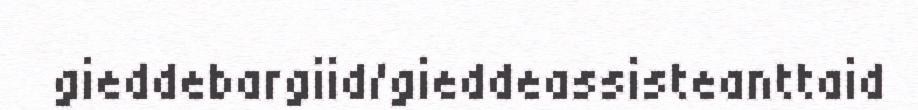
gieddebargiid/gieddeassisteanttaid